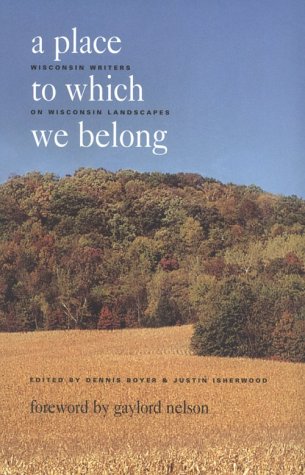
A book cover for A Place to Which We Belong: Wisconsin Writers on Wisconsin Landscapes; Travel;